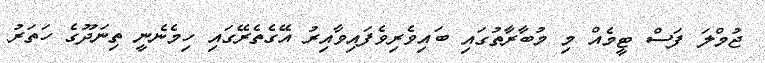
ޖުމްލަ ފަސް ޓީމެއް މި މުބާރާތުގައި ބައިވެރިވެފައިވާއިރު އޭގެތެރޭގައި ހިމެނެނީ ތިނަދޫގެ ހަތަރު